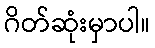
ဂိတ်ဆုံးမှာပါ။